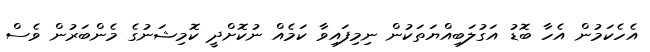
އެހެކަމުން އެހާ ބޮޑު އަގުލަބިއްޔަތަކުން ނިމިފައިވާ ކަމެއް ނުކޮށްދީ ކޮމިޝަނުގެ މެންބަރުން ވެސް